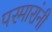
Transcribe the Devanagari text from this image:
परमारांनी